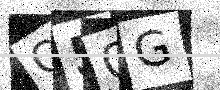
Text: C5QG